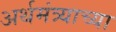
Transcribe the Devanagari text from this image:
अर्थमंत्र्याच्या